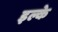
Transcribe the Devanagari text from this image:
इल्के